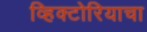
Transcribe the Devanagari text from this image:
व्हिक्टोरियाचा